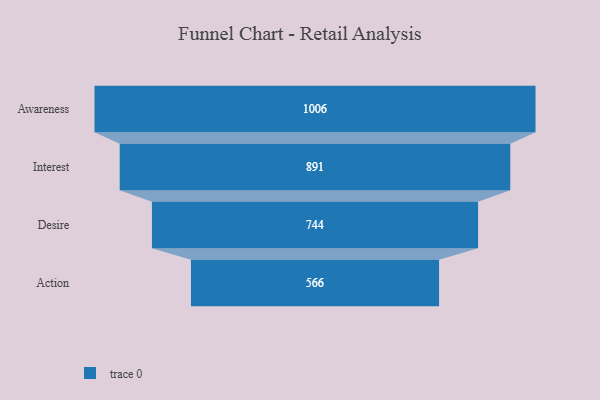
{"axis": {"x": "Stage", "y": "Value"}, "legend": [""], "data": [{"x": "Awareness", "y": 1006.0, "type": ""}, {"x": "Interest", "y": 891.0, "type": ""}, {"x": "Desire", "y": 744.0, "type": ""}, {"x": "Action", "y": 566.0, "type": ""}]}